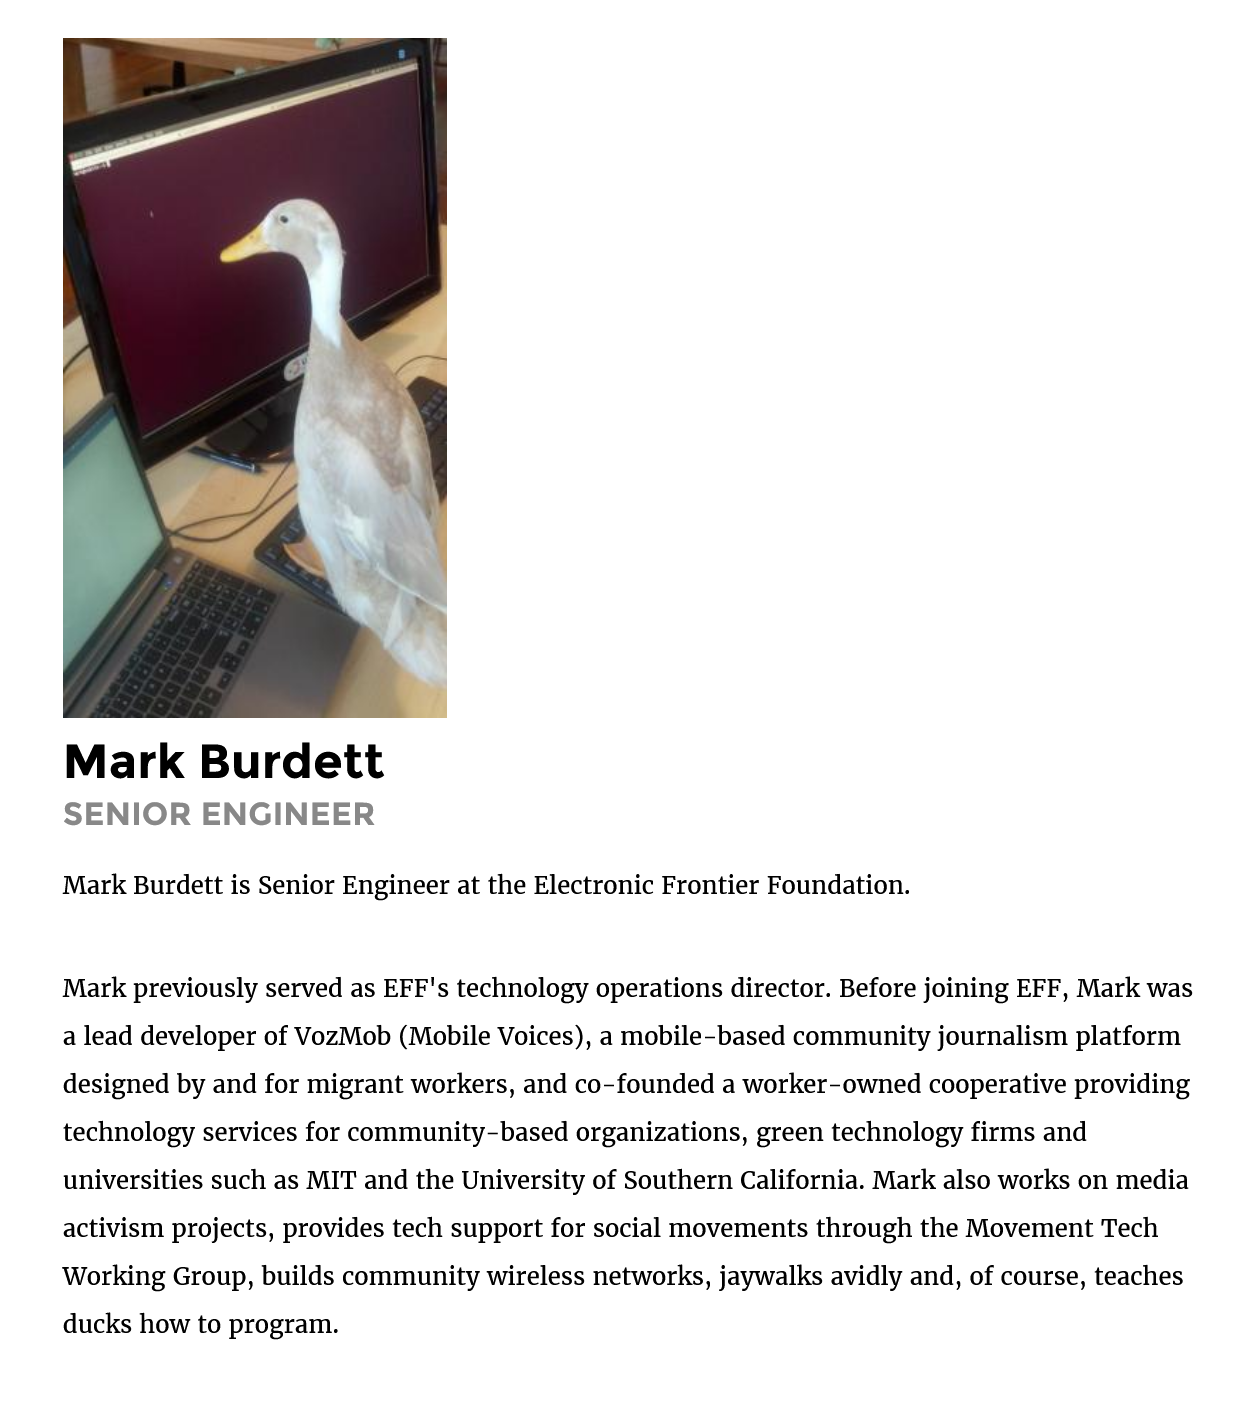
Mark    Burdett
     SENIOR    ENGINEER
     Mark Burdett is Senior Engineer at the Electronic Frontier Foundation.
     Mark previously served as EFF's technology operations director. Before joining EFF, Mark was
     a lead developer of VozMob (Mobile Voices), a mobile-based community journalism platform
     designed by and for migrant workers, and co-founded a worker-owned cooperative providing
     technology services for community-based organizations, green technology firms and
     universities such as MIT and the University of Southern California. Mark also works on media
     activism projects, provides tech support for social movements through the Movement Tech
     Working Group, builds community wireless networks, jaywalks avidly and, of course, teaches
     ducks how to program.